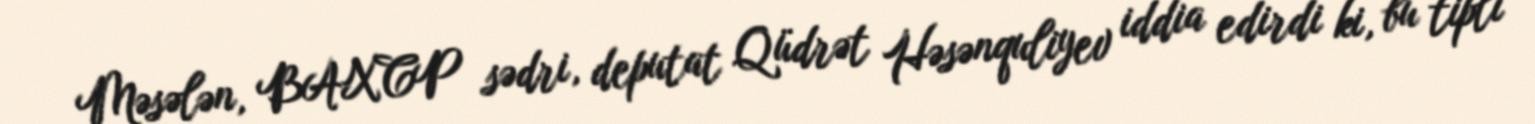
Məsələn, BAXCP sədri, deputat Qüdrət Həsənquliyev iddia edirdi ki, bu tipli